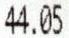
44.05